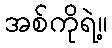
အစ်ကိုရဲ့။